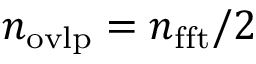
n _ { \mathrm { { o v l p } } } = n _ { \mathrm { { f f t } } } / 2